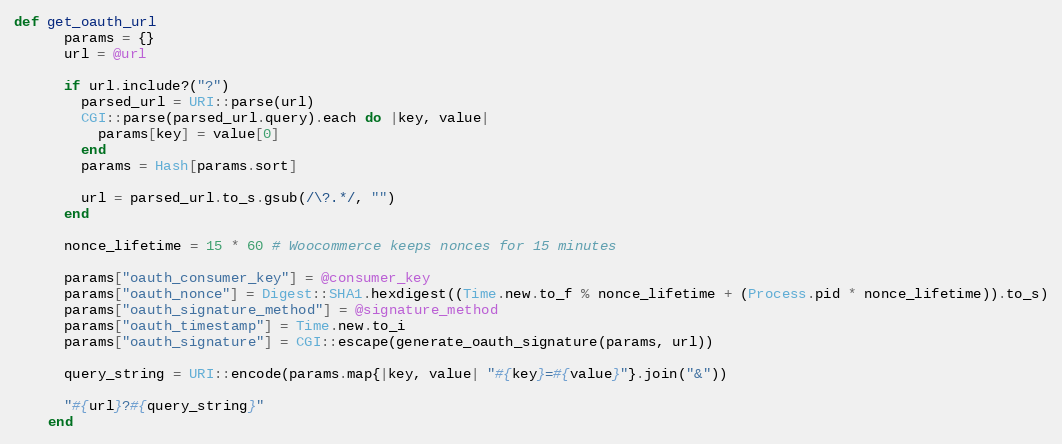
Language: Ruby
def get_oauth_url
      params = {}
      url = @url

      if url.include?("?")
        parsed_url = URI::parse(url)
        CGI::parse(parsed_url.query).each do |key, value|
          params[key] = value[0]
        end
        params = Hash[params.sort]

        url = parsed_url.to_s.gsub(/\?.*/, "")
      end

      nonce_lifetime = 15 * 60 # Woocommerce keeps nonces for 15 minutes

      params["oauth_consumer_key"] = @consumer_key
      params["oauth_nonce"] = Digest::SHA1.hexdigest((Time.new.to_f % nonce_lifetime + (Process.pid * nonce_lifetime)).to_s)
      params["oauth_signature_method"] = @signature_method
      params["oauth_timestamp"] = Time.new.to_i
      params["oauth_signature"] = CGI::escape(generate_oauth_signature(params, url))

      query_string = URI::encode(params.map{|key, value| "#{key}=#{value}"}.join("&"))

      "#{url}?#{query_string}"
    end